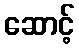
ဆောင့်